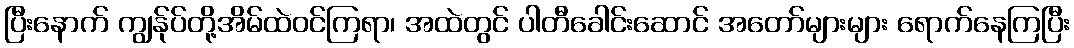
ပြီးနောက် ကျွန်ုပ်တို့အိမ်ထဲဝင်ကြရာ၊ အထဲတွင် ပါတီခေါင်းဆောင် အတော်များများ ရောက်နေကြပြီး